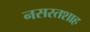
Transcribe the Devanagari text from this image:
नसरतशाह